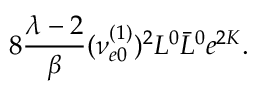
8 \frac { \lambda - 2 } { \beta } ( \nu _ { e 0 } ^ { ( 1 ) } ) ^ { 2 } L ^ { 0 } \bar { L } ^ { 0 } e ^ { 2 K } .